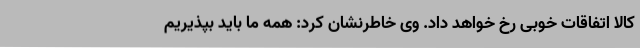
کالا اتفاقات خوبی رخ خواهد ‌داد. وی خاطرنشان کرد: همه ما باید بپذیریم